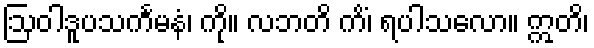
ဩဝါဒူပသင်္ကမနံ၊ ကို။ လဘတိ ကိံ၊ ရပါသလော။ ဣတိ၊